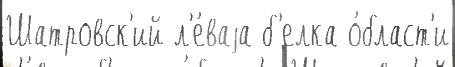
Шатровск'ий л'е́ваjа б'елка о́бласт'и